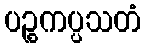
ပဉ္စကပ္ပသတံ